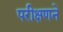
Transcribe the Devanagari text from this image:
परीक्षणने